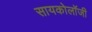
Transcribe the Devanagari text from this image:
सायकोलॉजी